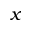
x